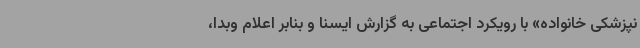
نپزشکی خانواده» با رویکرد اجتماعی به گزارش ایسنا و بنابر اعلام وبدا،‌